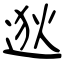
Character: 逖